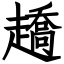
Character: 趫